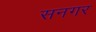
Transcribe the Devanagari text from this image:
सनगर